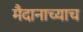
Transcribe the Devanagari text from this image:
मैदानाच्याच